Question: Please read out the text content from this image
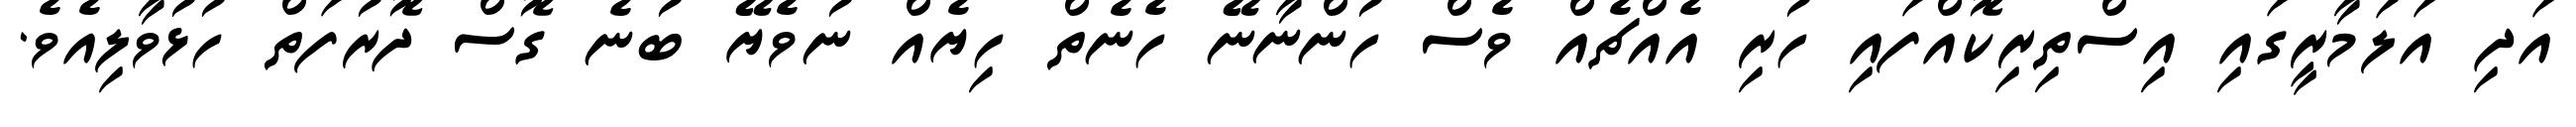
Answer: އަދި އަލަމާރީގައި އިސްތިރިކޮއްފައި ހުރި އެއްޗެއް ވެސް ހުންނާނޭ ހެނެތް ހިޔެއް ނުވެޔޭ ބުނެ ގޮސް ދޮރުފަތް ހުޅުވާލިއެވެ.